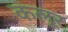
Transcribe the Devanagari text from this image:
कलूर